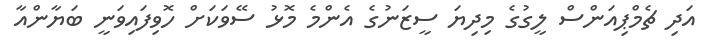
އަދި ޗެމްޕިއަންސް ލީގުގެ މިދިޔަ ސީޒަނުގެ އެންމެ މޮޅު ސޭވަކަށް ހޮވިފައިވަނީ ބަޔާންއާ